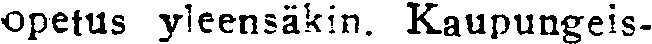
opetus yleensäkin. Kaupungeis-